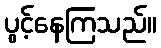
ပွင့်နေကြသည်။